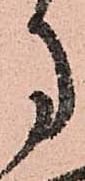
月